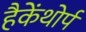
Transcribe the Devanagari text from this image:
हैकेंथोर्प